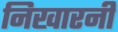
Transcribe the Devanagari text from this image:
निखारनी